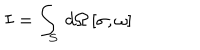
LaTeX: I = \int _ { S } \, d \Omega \, [ \sigma , \omega ]